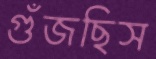
গুঁজছিস